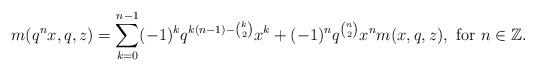
LaTeX: \begin{align*}m(q^nx,q,z)=\sum_{k=0}^{n-1}(-1)^kq^{k(n-1)-\binom{k}{2}}x^k+(-1)^nq^{\binom{n}{2}}x^nm(x,q,z), \ \textup{for $n\in\mathbb{Z}$}.\end{align*}